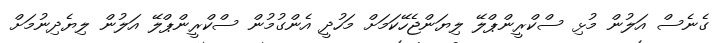
ގެނެސް އަލުން މުޅި ސްކްރީންޕްލޭ ލިޔަންޖެހޭކަމަށް މަހުދީ އެންގުމުން ސްކްރީންޕްލޭ އަލުން ލިޔެދިނުމަށް